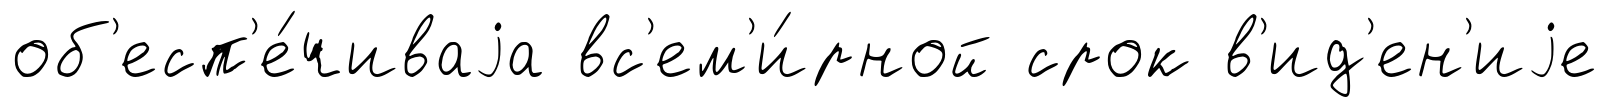
об'есп'е́чиваjа вс'ем'и́рной срок в'ид'ен'иjе